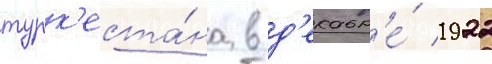
турк'еста́на в д'екабр'е́ 1922